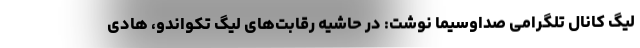
لیگ کانال تلگرامی صداوسیما نوشت: در حاشیه رقابت‌های لیگ تکواندو، هادی